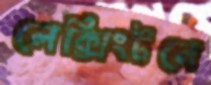
লেক্সিংটনে